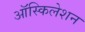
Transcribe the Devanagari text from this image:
ऑस्किलेशन